Report on vaccination in Madras 1904-1921 - 1904-1921
Year: 1904
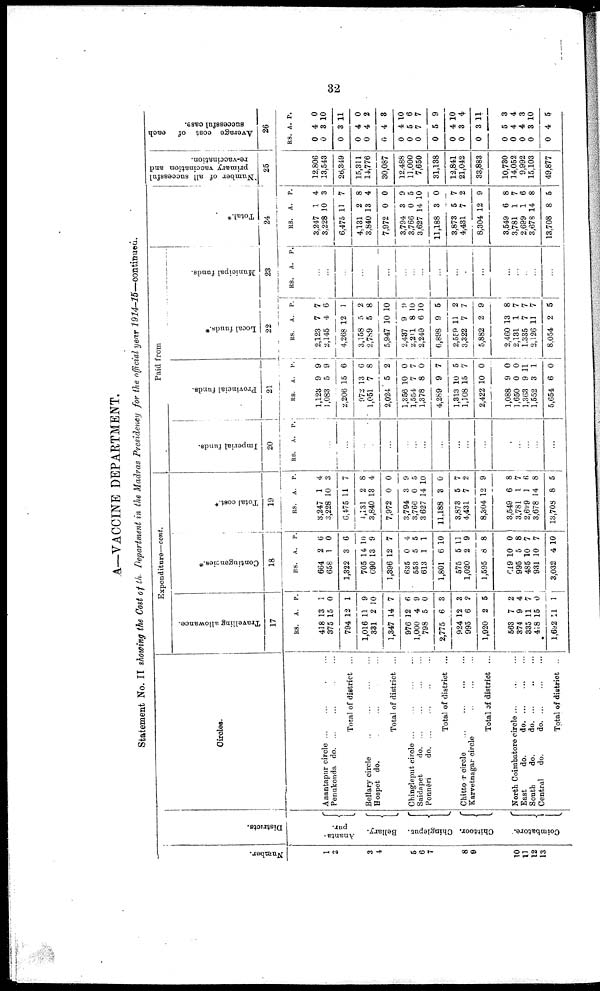
32
A—VACCINE DEPARTMENT.
Statement No. II showing the Cost of the Department in the Madras Presidency for the official year 1914-15—continued.
Number.
1
2
3
4
5
6
7
8
9
10
11
12
13
Districts.
Ananta¬
pur.
Bellary.
Chingleput.
Chittoor.
Coimbatore.
Circles.
Anantapur circle ... ... ... ...
Penukonda d
o
. ... ... ... ...
Total of district ...
Bellary circle
...
...
...
...
Hospet do. ... ... ... ...
Total of district ...
Chingleput circle
...
...
...
...
Saidnpet
do. ... ... ... ...
Ponnēri
do. ... ... ... ...
Total of district ...
Chittoor circle
...
...
...
...
Karvetnagar circle
...
...
...
Total of district ...
North Coimbatore circle
...
...
...
East
do.
do. ...
... ...
South
do.
do. ... ... ...
Central
do.
do. ... ... ...
Total of district ..
Expenditure—cont.
Travelling allowance.
17
RS.
418
375
794
1,016
331
1,347
976
1,000
798
2,775
924
995
1,920
563
374
335
418
1,692
A.
13
15
12
11
2
14
12
4
5
6
12
6
2
7
9
11
15
11
P.
1
0
1
9
10
7
6
9
0
3
3
2
5
2
4
7
0
1
Contingencies.*
18
RS.
664
658
1,322
705
690
1,396
635
553
613
1,801
575
1,020
1,595
619
995
485
931
3,032
A.
2
1
3
14
13
12
0
5
1
6
5
2
8
10
5
10
10
4
P.
6
0
6
10
9
7
4
5
1
10
11
9
8
0
8
7
7
10
Total cost.*
19
RS.
3,247
3,228
6,475
4,131
3,840
7,972
3,794
3,766
3,627
11,188
3,873
4,431
8,304
3,549
3,781
2,699
3,678
13,708
A.
1
10
11
2
13
0
3
0
14
3
5
7
12
6
1
1
14
8
P.
4
3
7
8
4
0
9
5
10
0
7
2
9
8
7
6
8
5
Paid from
Imperial funds.
20
RS. A. P.
...
...
...
...
...
...
...
...
...
...
...
...
...
...
...
...
...
...
Provincial funds.
21
RS.
1,123
1,083
2,206
972
1,051
2,024
1,356
1,554
1,378
4,289
1,313
1,108
2,422
1,088
1,650
1,363
1,552
5,654
A.
9
5
15
13
7
5
10
7
8
9
10
15
10
9
0
9
3
6
P.
9
9
6
6
8
2
0
7
0
7
5
7
0
0
0
11
1
0
Local funds.*
22
RS.
2,123
2,145
4,268
3,158
2,789
5,947
2,487
2,211
2,249
6,898
2,559
3,322
5,882
2,460
2,131
1,335
2,126
8,054
A.
7
4
12
5
5
10
9
8
6
9
11
7
2
13
1
7
11
2
P.
7
6
1
2
8
10
9
10
10
5
2
7
9
8
7
7
7
5
Municipal funds.
23
RS. A. P.
...
...
...
...
...
...
...
...
...
...
...
...
...
...
...
...
...
...
Total.*
24
RS.
3,247
3,228
6,475
4,131
3,840
7,972
3,794
3,766
3,627
11,188
3,873
4,431
8,304
3,549
3,781
2,699
3,678
13,708
A.
1
10
11
2
13
0
3
0
14
3
5
7
12
6
1
1
14
8
P.
4
3
7
8
4
0
9
5
10
0
7
2
9
8
7
6
8
5
Number of all successful
primary vaccination and
re-vaccination.
25
12,806
13,543
26,349
15,311
14,776
30,087
12,488
11,000
7,650
31,188
12,841
21,042
33,883
10,730
14,052
9,992
15,103
49,877
Average cost of each
successful case.
26
RS.
0
0
0
0
0
0
0
0
0
0
0
0
0
0
0
0
0
0
A.
4
3
3
4
4
4
4
5
7
5
4
3
3
5
4
4
3
4
P.
0
10
11
0
2
3
10
6
7
9
10
4
11
3
4
3
10
5